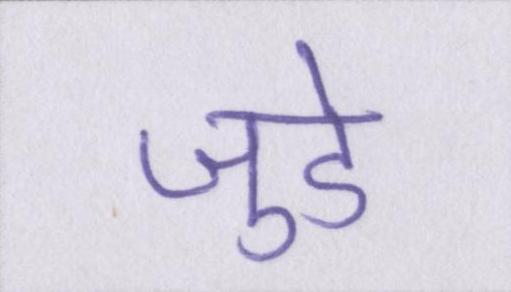
जुडे